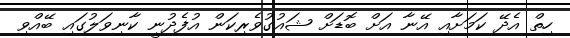
ހިތް އެދޭ ކަމަށާއި އޭނާ އަށް ބޮޑަށް ޝައުގުވެރިކަން އުފެދުނީ ކާނިވަލުގައި ބޭއްވި